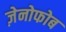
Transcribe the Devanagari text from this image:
ज़ेनोफोब